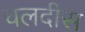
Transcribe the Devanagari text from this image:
चलदीस